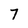
Character: 7